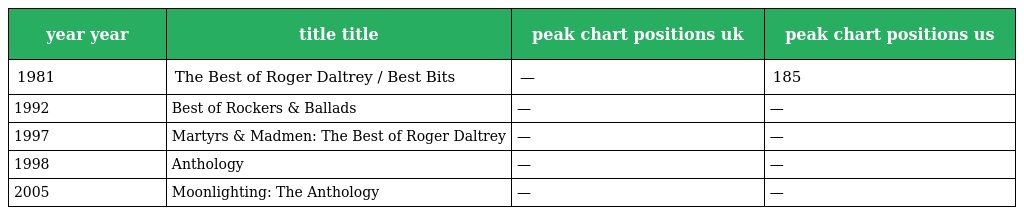
| year year | title title | peak chart positions uk | peak chart positions us |
 | --- | --- | --- | --- |
 | 1981 | The Best of Roger Daltrey / Best Bits | — | 185 |
 | 1992 | Best of Rockers & Ballads | — | — |
 | 1997 | Martyrs & Madmen: The Best of Roger Daltrey | — | — |
 | 1998 | Anthology | — | — |
 | 2005 | Moonlighting: The Anthology | — | — |